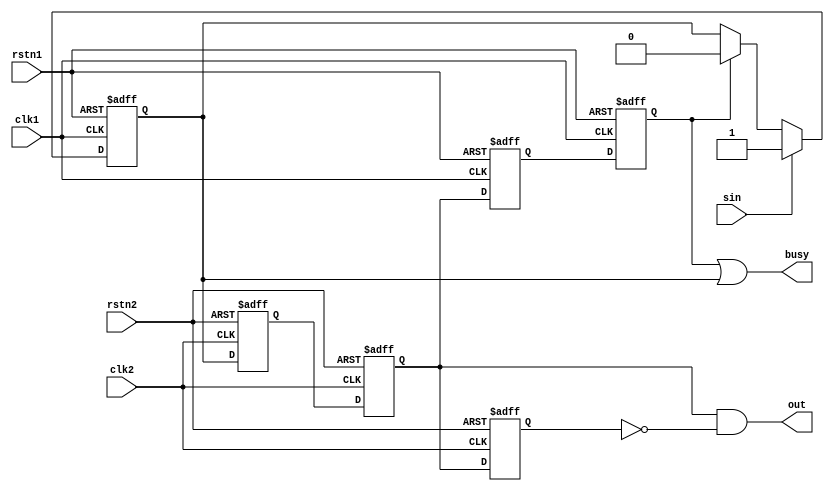
module hand_pulse_sync(
    input clk1,rstn1,sin,
    input clk2,rstn2,
    output out,busy);

reg q1,q2,q3,q4,q5,q6;

always@(posedge clk1 or negedge rstn1)
begin
    if(!rstn1) 
        q1 <= 0;
    else begin
        if(sin)
            q1 <= 1;
        else begin
            if(q6)
                q1 <= 0;
            else 
                q1 <= q1;
        end
    end
end

always@(posedge clk2 or negedge rstn2)
begin
    if(!rstn2)
        {q2,q3,q4} <= 0;
    else begin
        q2 <= q1;
        q3 <= q2; 
        q4 <= q3;
    end
end

assign out = q3&~q4;

always@(posedge clk1 or negedge rstn1)
begin
    if(!rstn1) 
        {q5,q6} <= 0;
    else begin  
        q5 <= q3;
        q6 <= q5;
    end
end

assign busy = q6|q1;
endmodule